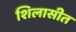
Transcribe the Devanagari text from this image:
शिलासीत